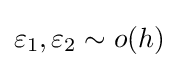
\varepsilon _{1},\varepsilon _{2}\sim o(h)